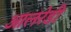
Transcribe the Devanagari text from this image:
आलरेडी